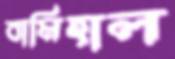
বামিহাল